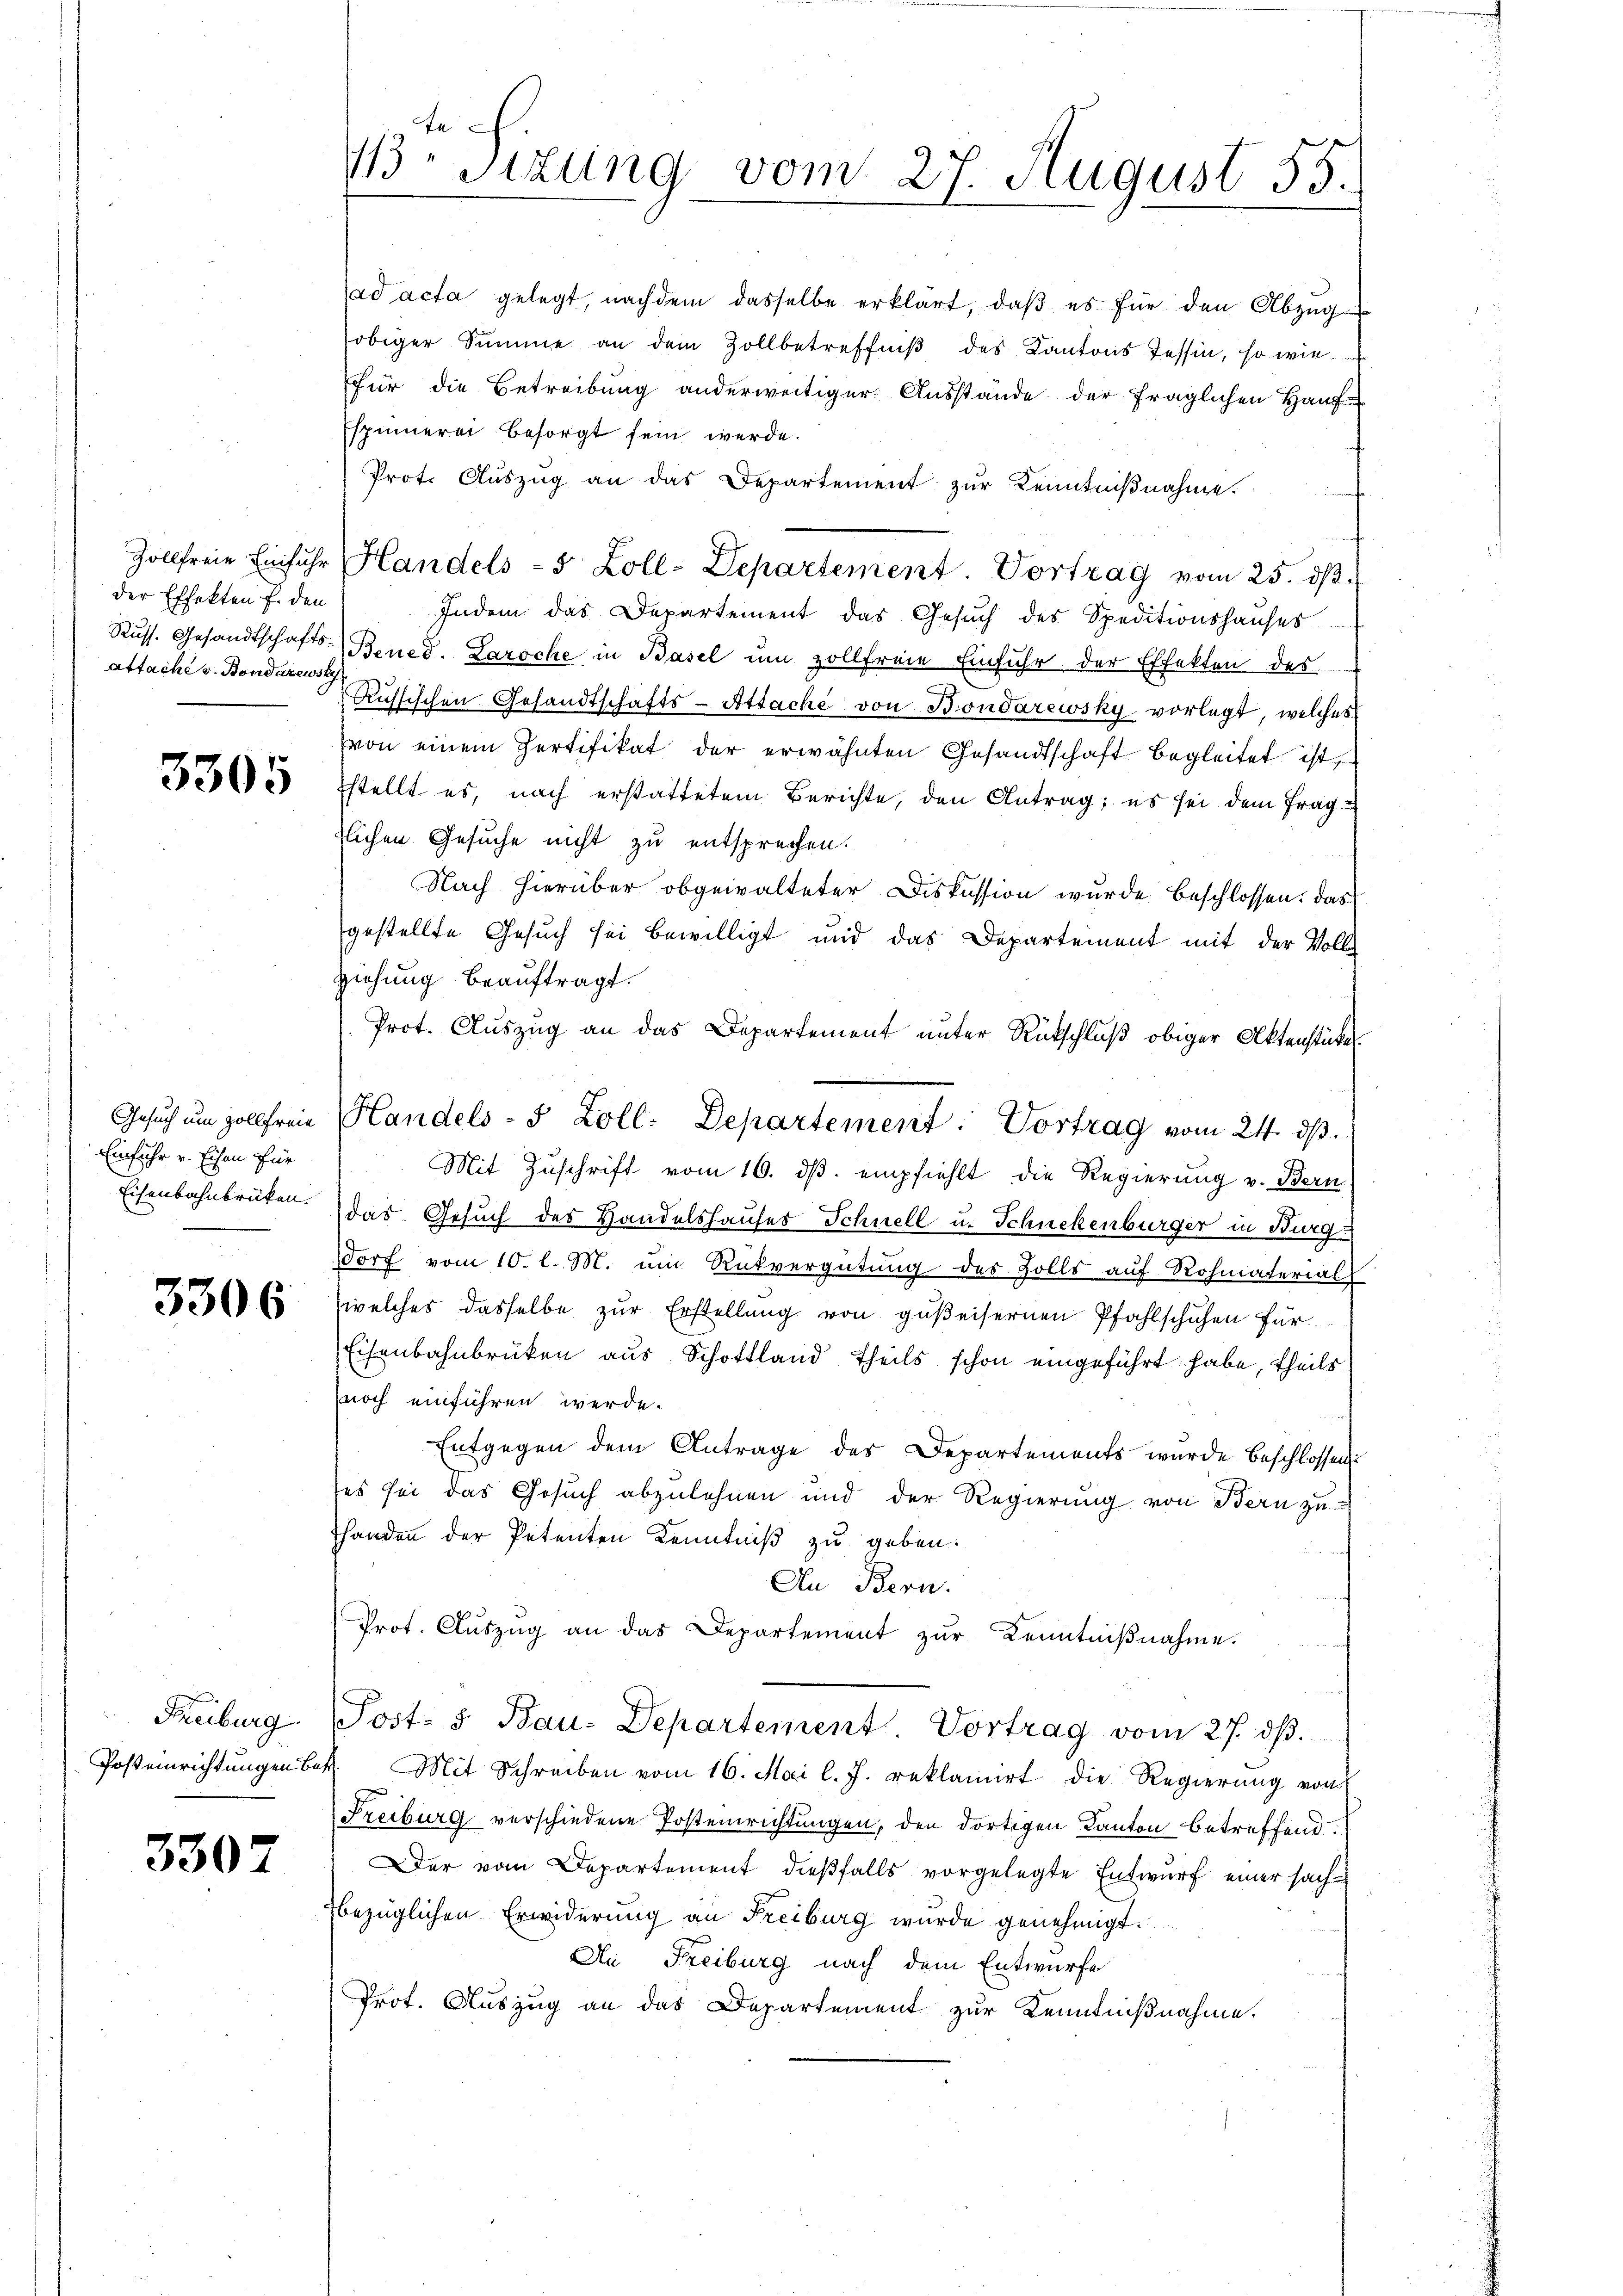
Zollfreie Einfuhr
der Effekten f. den
Russ. Gesandtschaftsatfache v. Bondazewsky

3305

Gesuch um Zollfreie
Einfuhr v. Eisen für
Eisenbahnbrüken.

3306

Freiburg
Posteinrichtungen bes

3307

g

/13 Sizung vom 27. August 55.

ad acta gelegt, nachdem dasselbe erklärt, daß es für den Abzug
obiger Summe an dem Zollbetreffniβ des Kantons Tessin, so wie
für die Betreibung anderweitiger Ausstände der fraglichen Hauf-
Espinnerei besorgt sein werde.
Prot. Auszug an das Departement zur Kenntnißnahme.
¬
Handels - 5 Zoll-Departement. Vortrag vom 25. dβ.
Indem das Departement das Gesŭch des Speditionshauses
Bened. Laroche in Basel um zollfreie Einfuhr der Effekten des
Russischen Gesandtschafts-Attache von Bondarewsky vorlegt, welches
von einem Zertifikat der erwähnten Gesandtschaft begleitet ist
sstellt es, nach erstattetem Berichte, den Antrag; es sei dem fraglichen Gesuche nicht zu entsprechen.
Nach hierüber obgewalteter Diskussion wurde beschlossen: das
gestellte Gesuch sei bewilligt und das Departement mit der Voll
ziehung beauftragt.
Prot. Auszug an das Departement unter Rückschluß obiger Aktenstücke
Mit Zuschrift vom 16. ds. empfiehlt die Regierung v. Bern
das Gesuch des Handelshauses Schnell u. Schnekenburger in Burg-
dorf vom 10. l. M. ein Rükvergütung des Solls auf Rohmateriall
welches dasselbe zur Erstellung von gußeisernen Pfahlschuhen für
Eisenbahnbrüken aus Schottland theils schon eingeführt habe, theils
noch einführen werde.
Entgegen dem Antrage des Departements wurde Beschlossen
ses sei das Gesuch abzulehnen und der Regierung von Bern zu-
Handen der Petenten Kenntniß zu geben.
An Bern.
Prot. Aŭszŭg an das Departement zŭr Kenntniβnahme.
Post- & Bau-Departement Vortrag vom 27. dβ.
Mit Schreiben vom 16. Mai l. J. reklamiert die Regierung von
Freiburg verschiedene Postenrichtungen, den dortigen Kanton betreffend.
Der vom Departement dießfalls vorgelegte Entwurf einer sachbezüglichen Erwiderung an Freiburg wurde genehmigt.
An Freiburg nach dem Entwurfe
Prot. Auszug an das Departement zur Kenntnißnahme.

Handels- 5 Zoll: Departement. Vortrag vom 24. ds.